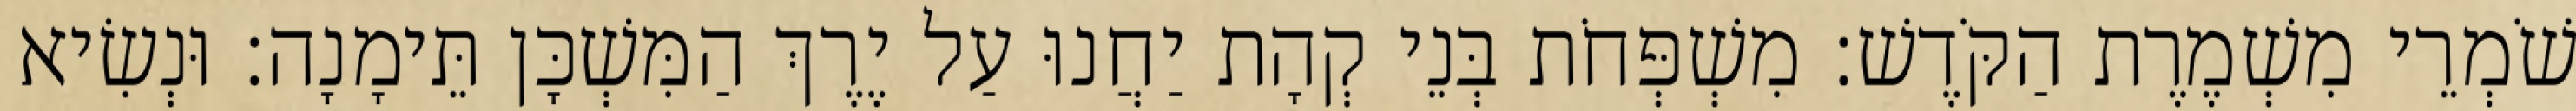
שֹׁמְרֵי מִשְׁמֶרֶת הַקֹּדֶשׁ׃ מִשְׁפְּחֹת בְּנֵי קְהָת יַחֲנוּ עַל יֶרֶךְ הַמִּשְׁכָּן תֵּימָנָה׃ וּנְשִׂיא